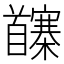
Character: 𩠵